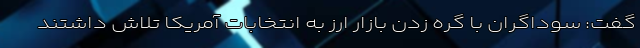
گفت: سوداگران با گره زدن بازار ارز به انتخابات آمریکا تلاش داشتند